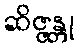
ဆိဇ္ဇန္တု